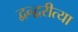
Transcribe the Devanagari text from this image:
द्वन्द्वरीत्या